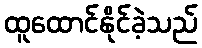
ထူထောင်နိုင်ခဲ့သည်